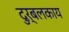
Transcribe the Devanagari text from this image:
दुर्बलकाय